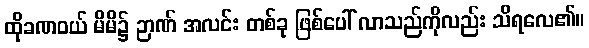
ထိုခဏဝယ် မိမိ၌ ဉာဏ် အလင်း တစ်ခု ဖြစ်ပေါ် လာသည်ကိုလည်း သိရလေ၏။